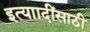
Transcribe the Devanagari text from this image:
इत्याादींसाठी